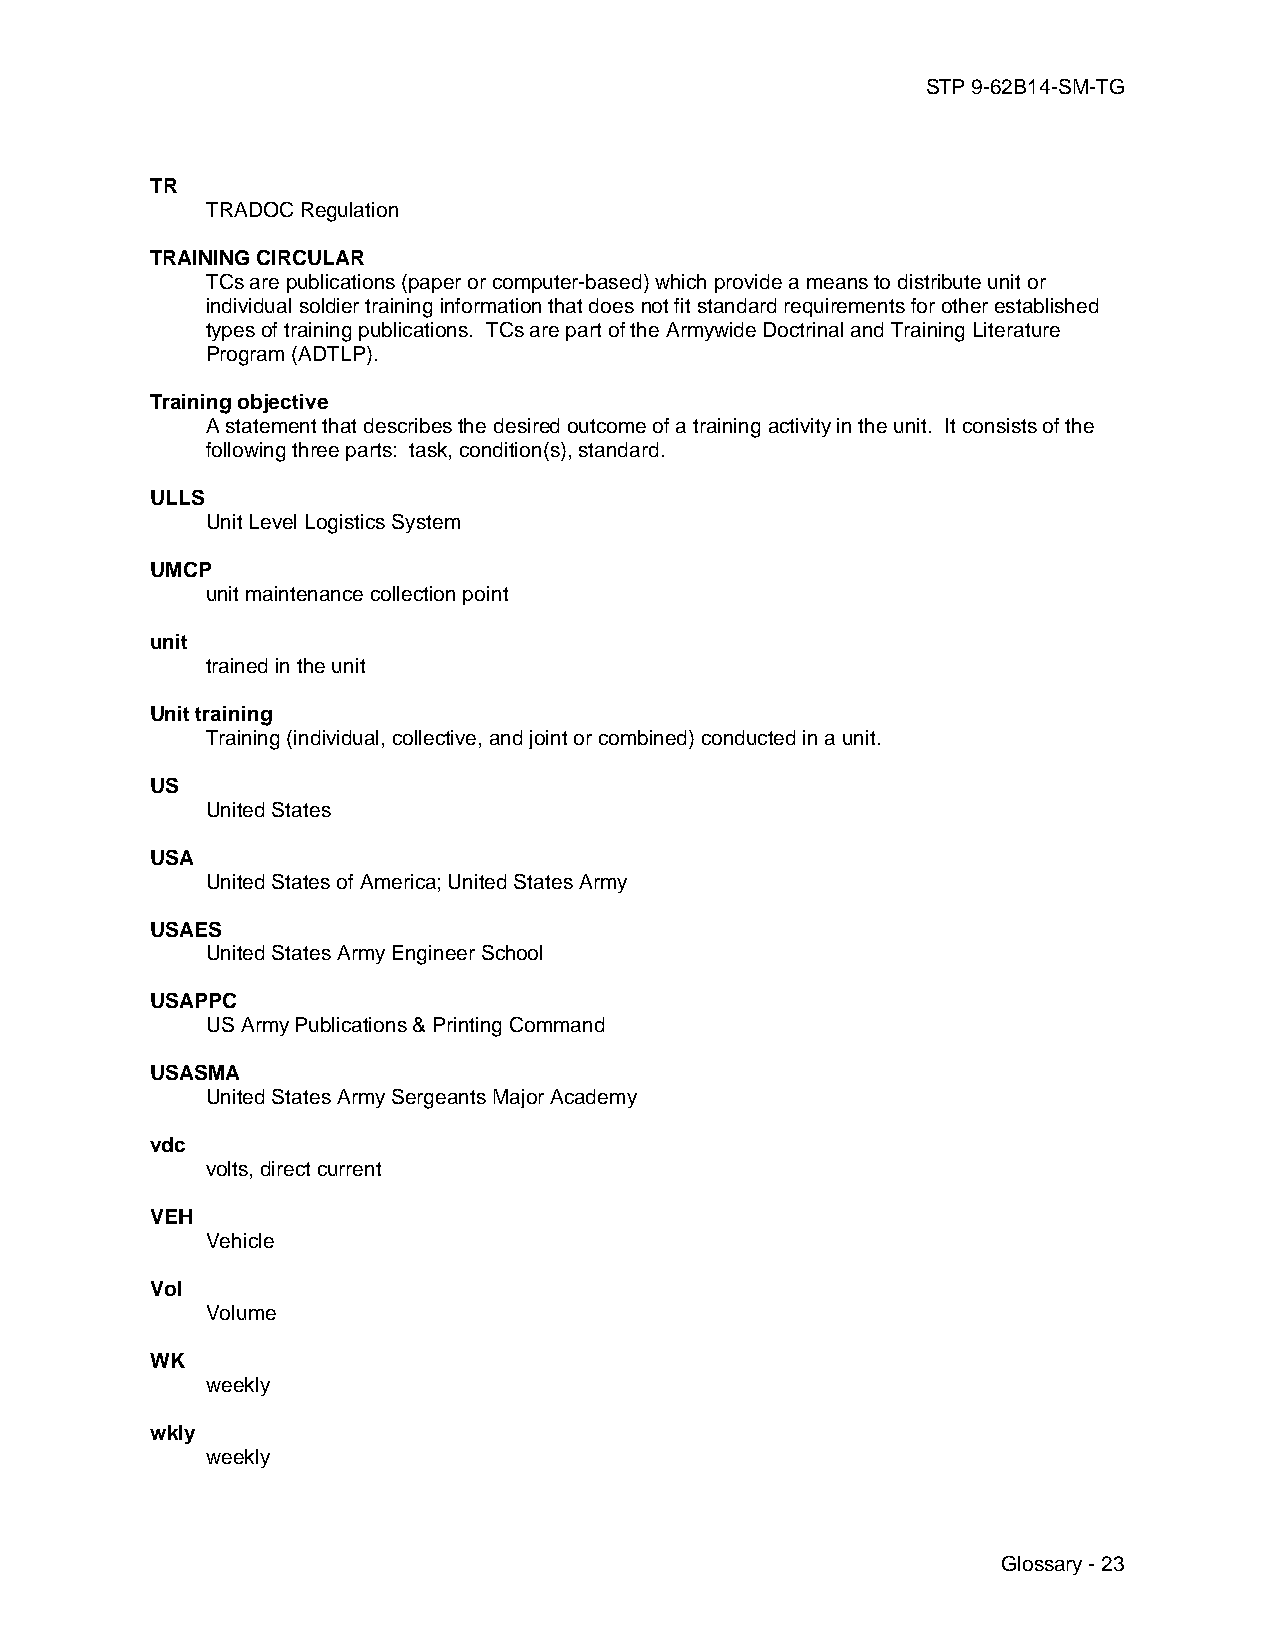
STP 9-62B14-SM-TG
 TR
 TRADOC Regulation
 TRAINING CIRCULAR
 TCs are publications (paper or computer-based) which provide a means to distribute unit or
 individual soldier training information that does not fit standard requirements for other established
 types of training publications. TCs are part of the Armywide Doctrinal and Training Literature
 Program (ADTLP).
 Training objective
 A statement that describes the desired outcome of a training activity in the unit. It consists of the
 following three parts: task, condition(s), standard.
 ULLS
 Unit Level Logistics System
 UMCP
 unit maintenance collection point
 unit
 trained in the unit
 Unit training
 Training (individual, collective, and joint or combined) conducted in a unit.
 US
 United States
 USA
 United States of America; United States Army
 USAES
 United States Army Engineer School
 USAPPC
 US Army Publications & Printing Command
 USASMA
 United States Army Sergeants Major Academy
 vdc
 volts, direct current
 VEH
 Vehicle
 Vol
 Volume
 WK
 weekly
 wkly
 weekly
 Glossary - 23